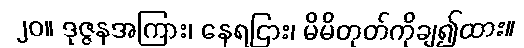
၂၀။ ဒုဇ္ဇနအကြား၊ နေရငြား၊ မိမိတုတ်ကိုချ၍ထား။